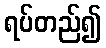
ရပ်တည်၍